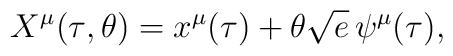
X^\mu{}(\tau{},\theta{})    = x^\mu{}(\tau{}) + \theta{}\sqrt{e}\,\psi{}^\mu{}(\tau{}),